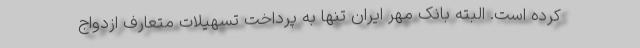
كرده است. البته بانک مهر ایران تنها به پرداخت تسهیلات متعارف ازدواج